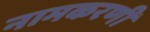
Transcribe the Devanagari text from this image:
नामकरणी